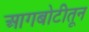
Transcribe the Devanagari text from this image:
आगबोटीतून